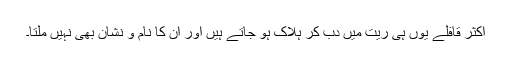
اکثر قافلے یوں ہی ریت میں دب کر ہلاک ہو جاتے ہیں اور ان کا نام و نشان بھی نہیں ملتا۔